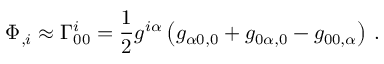
\Phi _ { , i } \approx \Gamma _ { 0 0 } ^ { i } = { \frac { 1 } { 2 } } g ^ { i \alpha } \left( g _ { \alpha 0 , 0 } + g _ { 0 \alpha , 0 } - g _ { 0 0 , \alpha } \right) \, .